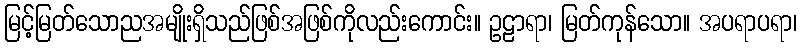
မြင့်မြတ်သောညအမျိုးရှိသည်ဖြစ်အဖြစ်ကိုလည်းကောင်း။ ဥဠာရာ၊ မြတ်ကုန်သော။ အပရာပရာ၊